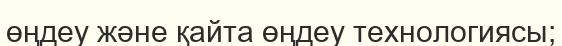
өңдеу және қайта өңдеу технологиясы;